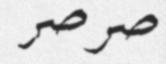
صرصر